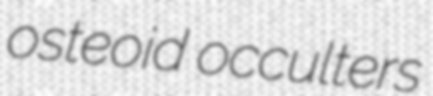
osteoid occulters